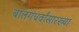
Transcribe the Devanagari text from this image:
बालगंधर्वांसारख्या